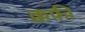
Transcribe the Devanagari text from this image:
क्कफी